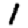
Digit: 1